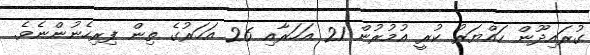
ގުރައިދޫން ހައްޔަރު ކުރީ އުމުރުން 21 އަހަރާއި 26 އަހަރުގެ ތިން ފިރިހެނުންނެވެ.